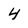
Character: 4